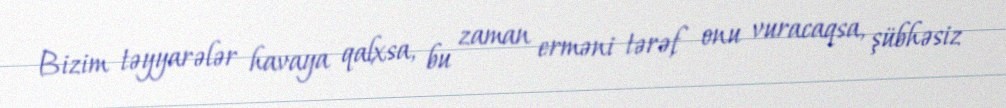
Bizim təyyarələr havaya qalxsa, bu zaman erməni tərəf onu vuracaqsa, şübhəsiz